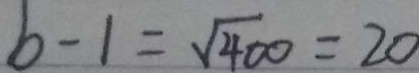
b - 1 = \sqrt { 4 0 0 } = 2 0